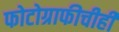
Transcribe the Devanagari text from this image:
फोटोग्राफीचीही